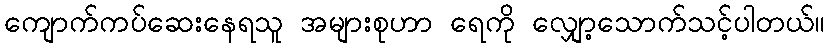
ကျောက်ကပ်ဆေးနေရသူ အများစုဟာ ရေကို လျှော့သောက်သင့်ပါတယ်။